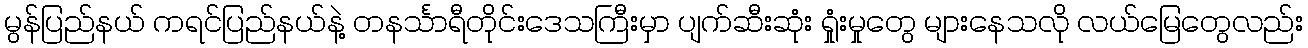
မွန်ပြည်နယ် ကရင်ပြည်နယ်နဲ့ တနင်္သာရီတိုင်းဒေသကြီးမှာ ပျက်ဆီးဆုံး ရှုံးမှုတွေ များနေသလို လယ်မြေတွေလည်း